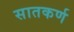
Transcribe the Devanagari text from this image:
सातकर्ण